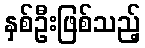
နှစ်ဦးဖြစ်သည့်